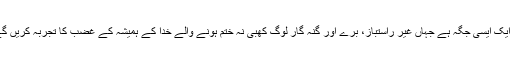
یہ ایک ایسی جگہ ہے جہاں غیر راستباز، برے اور گنہ گار لوگ کھبی نہ ختم ہونے والے خدا کے ہمیشہ کے غضب کا تجربہ کریں گے۔